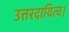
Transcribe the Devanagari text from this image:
उत्तरदायित्व।